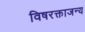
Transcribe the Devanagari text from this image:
विषरक्ताजन्य